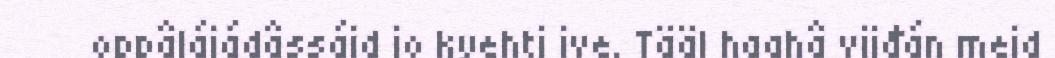
oppâlájádâssáid jo kyehti ive. Tääl haahâ vijđán meid